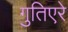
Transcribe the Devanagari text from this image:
गुतिएरे